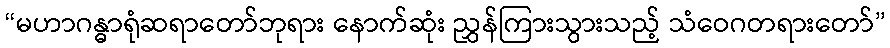
“မဟာဂန္ဓာရုံဆရာတော်ဘုရား နောက်ဆုံး ညွှန်ကြားသွားသည့် သံဝေဂတရားတော်”